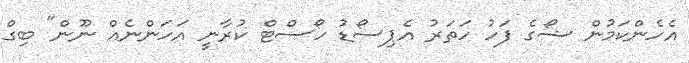
އެހެންކަމުން ޝޯގެ ފަހު ހަތަރު އެޕިސޯޑު ހޯސްޓް ކުރާނީ އަހަންނެއް ނޫން" ބިގް